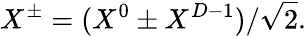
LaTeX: X^{\pm}=(X^{0}\pm X^{D-1})/\sqrt{2}.